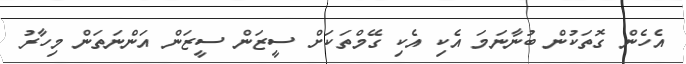
އެހެން ގޮތަކުން ބުނާނަމަ އެކި އެކި ގޭމްތަކަށް ސީޒަން ސީޒަން އަންނަތަން މިހާރު